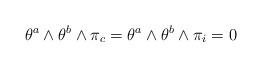
LaTeX: \begin{align*} \theta^a\wedge \theta^b\wedge \pi_c = \theta^a\wedge \theta^b\wedge \pi_i = 0 \end{align*}